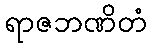
ရာဇဘဏိတံ